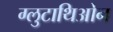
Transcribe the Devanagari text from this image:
ग्लुटाथिओन